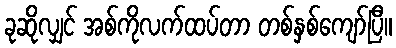
ခုဆိုလျှင် အစ်ကိုလက်ထပ်တာ တစ်နှစ်ကျော်ပြီ။